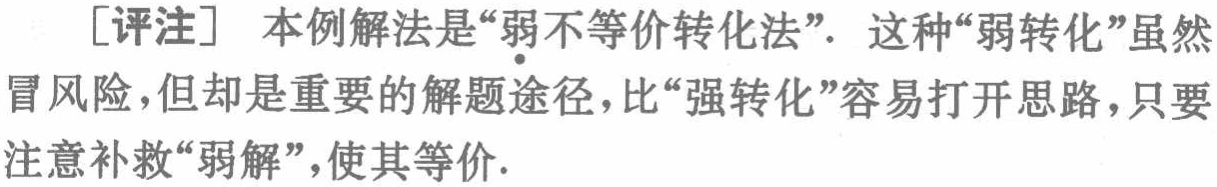
[评注] 本例解法是“弱不等价转化法”. 这种“弱转化”虽然
冒风险,但却是重要的解题途径，比“强转化”容易打开思路，只要
注意补救“弱解”，使其等价.